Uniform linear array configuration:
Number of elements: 12
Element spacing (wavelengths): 1
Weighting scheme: hamming
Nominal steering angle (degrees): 60
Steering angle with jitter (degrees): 58.619
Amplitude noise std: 0.05
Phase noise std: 0.05

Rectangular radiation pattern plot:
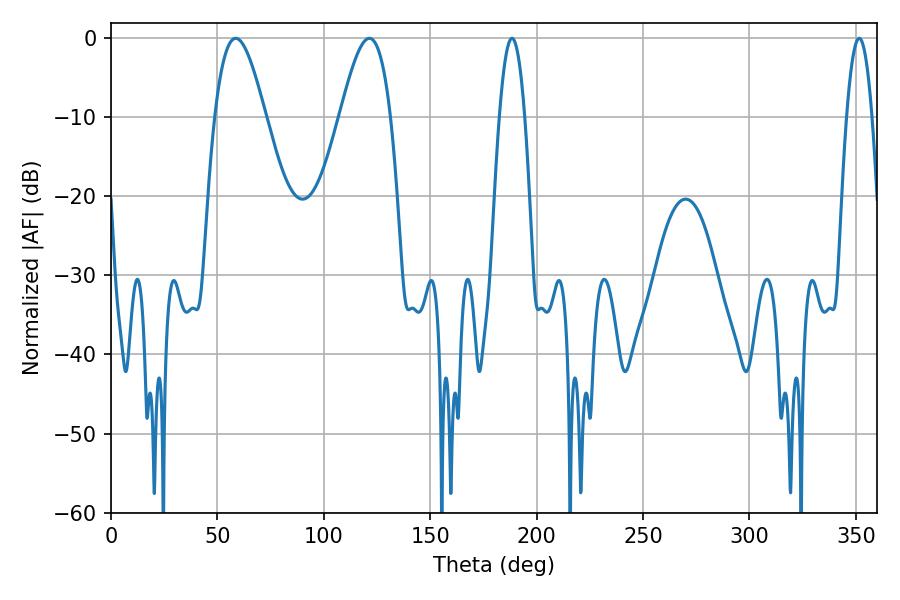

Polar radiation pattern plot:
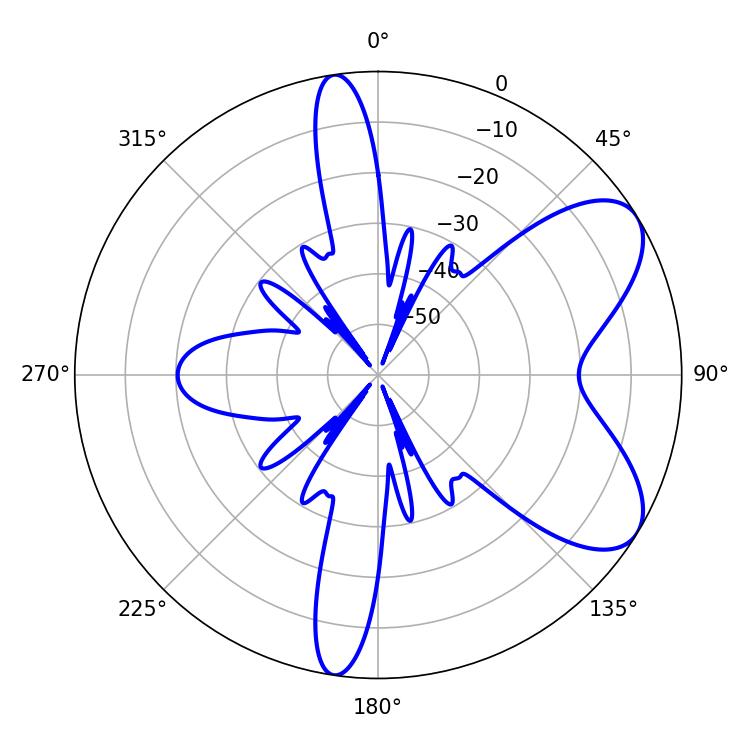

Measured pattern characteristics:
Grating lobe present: TRUE
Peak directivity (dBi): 7.118
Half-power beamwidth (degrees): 6.48
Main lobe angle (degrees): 188.46